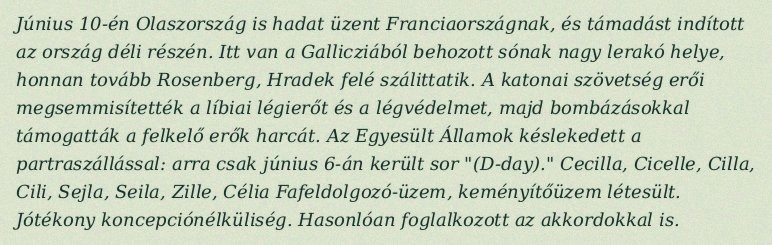
Június 10-én Olaszország is hadat üzent Franciaországnak, és támadást indított az ország déli részén. Itt van a Gallicziából behozott sónak nagy lerakó helye, honnan tovább Rosenberg, Hradek felé szálittatik. A katonai szövetség erői megsemmisítették a líbiai légierőt és a légvédelmet, majd bombázásokkal támogatták a felkelő erők harcát. Az Egyesült Államok késlekedett a partraszállással: arra csak június 6-án került sor "(D-day)." Cecilla, Cicelle, Cilla, Cili, Sejla, Seila, Zille, Célia Fafeldolgozó-üzem, keményítőüzem létesült. Jótékony koncepciónélküliség. Hasonlóan foglalkozott az akkordokkal is.